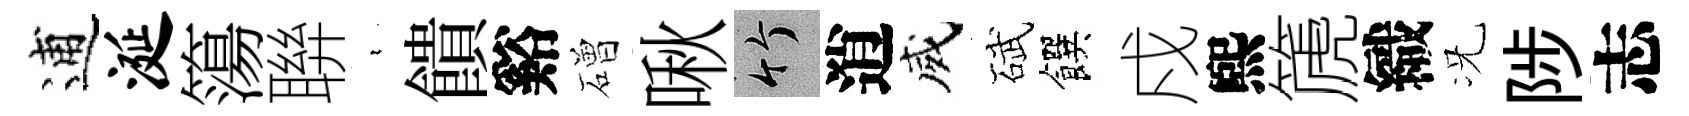
逋涎簜聨裊饋谿磳啾竹逍威碔饌戍煕篪織况陟志